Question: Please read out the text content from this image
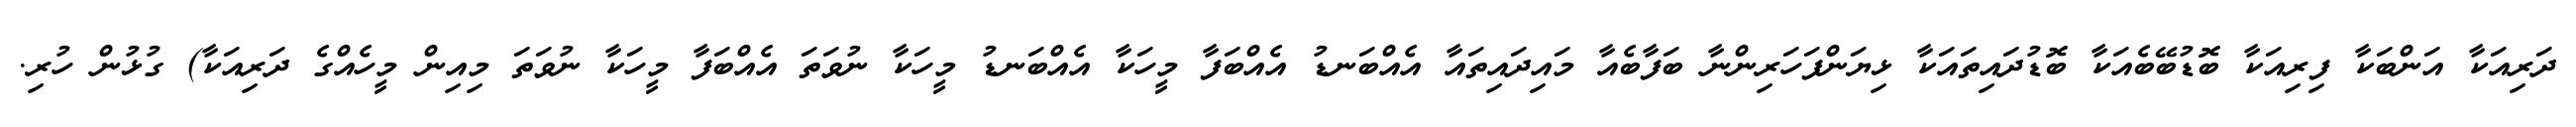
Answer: ދަރިއަކާ އަންބަކާ ފިރިއަކާ ބޮޑުބޭބެއަކާ ބޮޑުދައިތައަކާ ޅިޔަންފަހަރިންނާ ބަފާބެއާ މައިދައިތައާ އެއްބަނޑު އެއްބަފާ މީހަކާ އެއްބަނޑު މީހަކާ ނުވަތަ އެއްބަފާ މީހަކާ ނުވަތަ މިއިން މީހެއްގެ ދަރިއަކާ) ގުޅުން ހުރި.